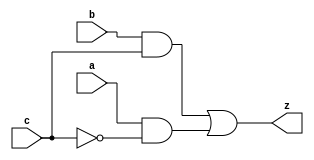
module mux1(z, a, b, c);
    output z;
    input a, b, c;
    wire notC, upper, lower;
    not (notC, c);    // C is the input not is the wire output connecting to the first AND 
    and first_and(upper, b, c);
    and sec_and(lower, a, notC);
    or ( z, upper, lower); // this will or togther the results//and (T1, D1, S), (T2, D0, Sbar);
//not (Sbar, S);
//or (Y, T1, T2);
endmodule